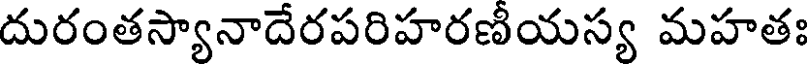
దురంతస్యానాదేరపరిహరణీయస్య మహతః